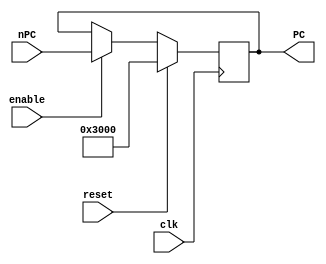
`timescale 1ns / 1ps
//////////////////////////////////////////////////////////////////////////////////
// Company: 
// Engineer: 
// 
// Design Name: 
// Module Name:    program_counter 
// Project Name: 
// Target Devices: 
// Tool versions: 
// Description: 
//
// Dependencies: 
//
// Revision: 
// Revision 0.01 - File Created
// Additional Comments: 
//
//////////////////////////////////////////////////////////////////////////////////
module Program_Counter(
    input [31:0] nPC,	// 
    input clk,	// 
    input reset,	// reset1PC0x00003000
	 input enable, // 
    output reg [31:0] PC // 
    );
	 
	 /*initial begin
		PC = 32'h00003000; // 0x00003000
	 end*/
	 
	 always@(posedge clk) begin
		//$display("PC :%h", PC);
		 if (reset) // reset
			PC <= 32'h00003000;
		 else if (enable) // reset,1,PC
			PC <= nPC;
	 end
	
endmodule